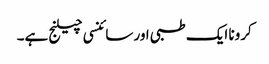
کرونا ایک طبی اور سائنسی چیلنج ہے۔